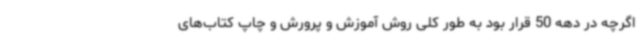
اگرچه در دهه 50 قرار بود به طور کلی روش آموزش و پرورش و چاپ کتاب‌های